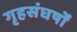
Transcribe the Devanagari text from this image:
गृहसंघर्षों